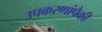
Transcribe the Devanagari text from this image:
उपकरणांपैकी